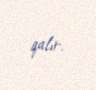
qalır.